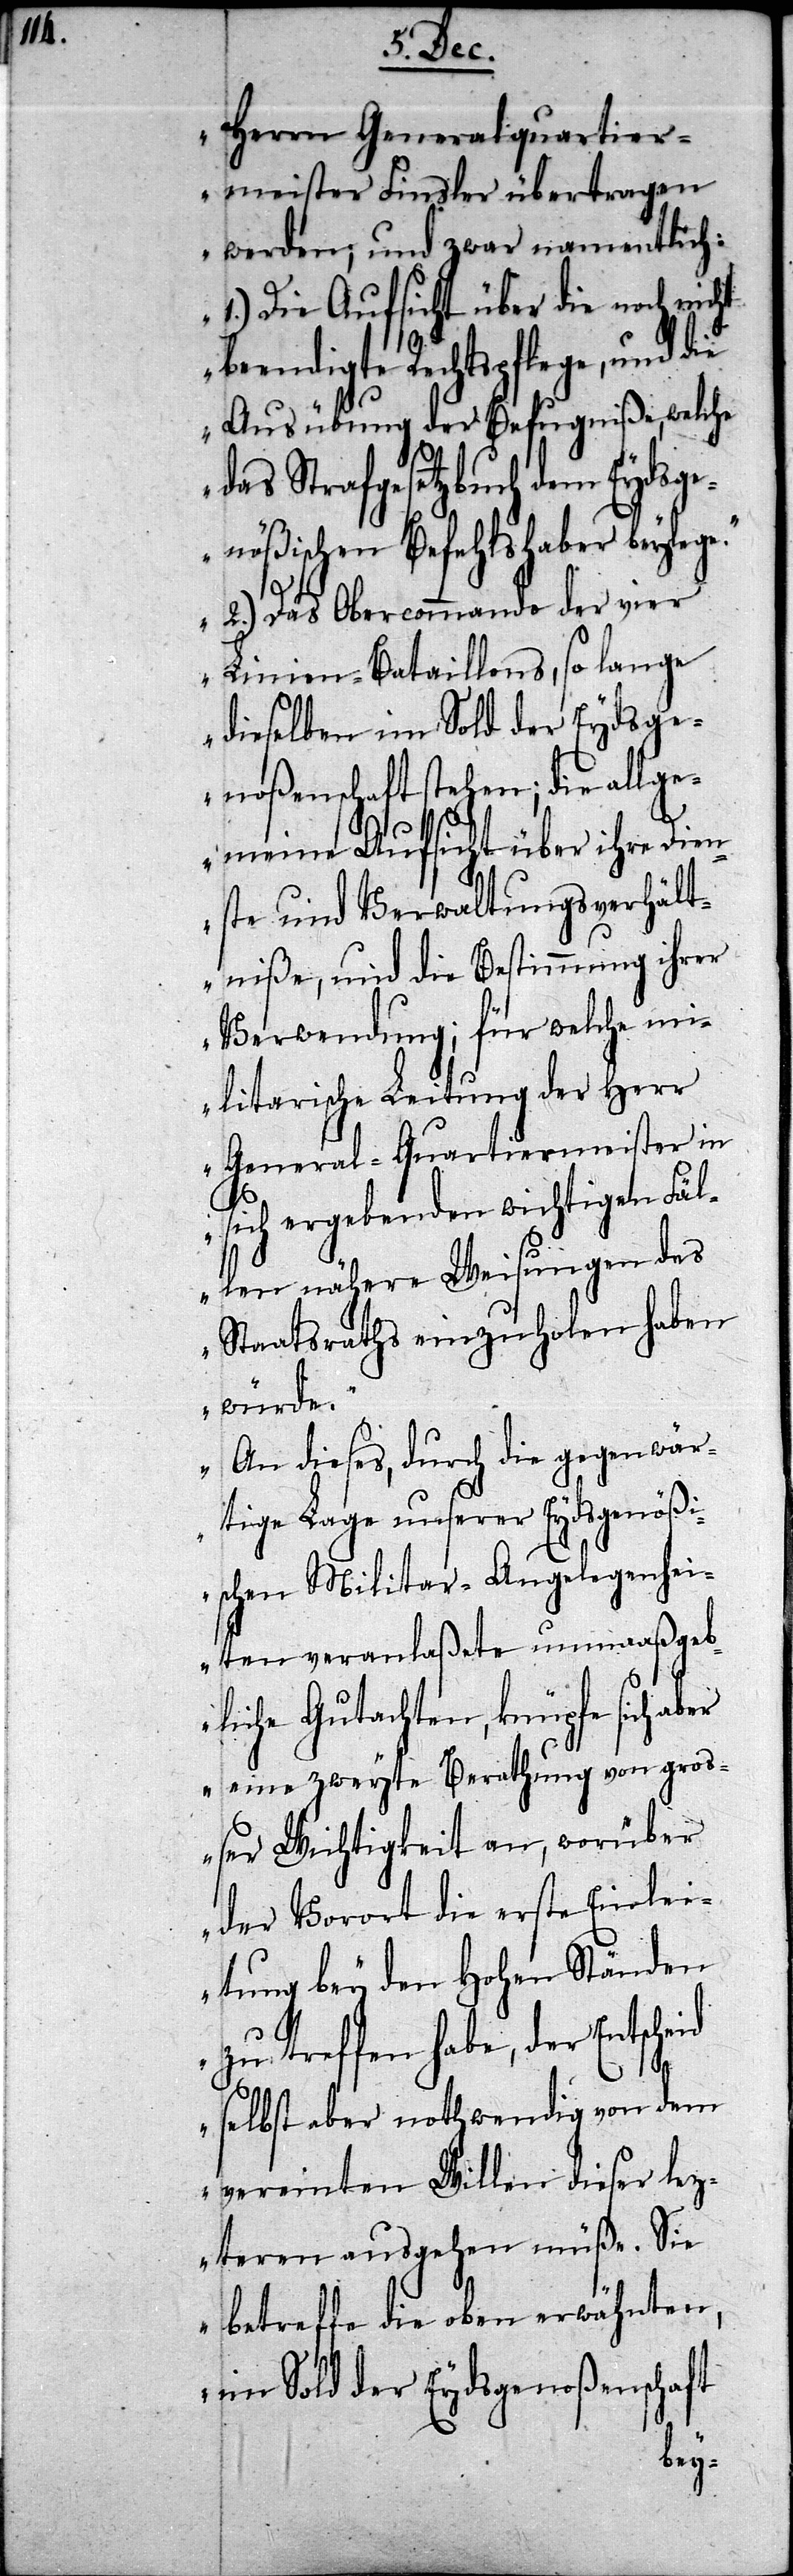
Herrn Generalquartier¬
meister Finsler übertragen
werden; und zwar namentlich:
1.) Die Aufsicht über die noch nicht
endigte Rechtspflege, und
Ausübung der Befugniße, welche
das Strafgesetzbuch dem Eydsge¬
nößischen Befehlshaber beylege.
2.) Das Obercommando der vier
Linien-Bataillons, so lange
dieselben im Sold der Eydsge¬
noßenschaft stehen; die allge¬
meine Aufsicht über ihre Dien¬
ste und Verwaltungsverhält¬
niße, und die Bestimmung ihrer
Verwendung; für welche mi¬
litarische Leitung der Herr
General-Quartiermeister in
sich ergebenden wichtigen Fäl¬
len nähere Weisungen des
Staatsraths einzuholen haben
würde.
An dieses, durch die gegenwär¬
tige Lage unserer Eydsgenößi¬
schen Militar-Angelegenhei¬
ten veranlaßete unmaaßgeb¬
liche Gutachten, knüpfe sich abe¬
r eine zweyte Berathung von groß¬
er Wichtigkeit an, worüber
der Vorort die erste Einlei¬
tung bei den Hohen Ständen
zu treffen habe, der Entscheid
selbst aber nothwendig von dem
vereinten Willen dieser lez¬
teren ausgehen müße. Sie
betreffe die oben erwähnten,
im Sold der Eydsgenoßenschaft
be¬